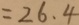
= 2 6 . 4